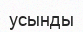
усынды